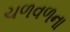
ચળવળના